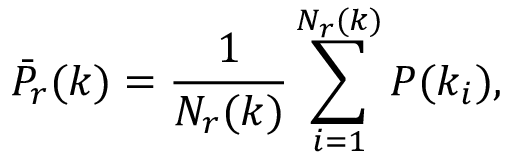
\bar { P } _ { r } ( k ) = \frac { 1 } { N _ { r } ( k ) } \sum _ { i = 1 } ^ { N _ { r } ( k ) } P ( k _ { i } ) ,